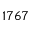
1 7 6 7